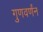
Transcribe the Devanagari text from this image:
गुणवर्णंन